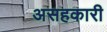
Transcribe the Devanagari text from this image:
असहकारी